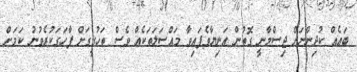
ބައެއްް ކުދިންނަށް ޖިސްމާނީ ގޮތުން އަނިޔާވެފައިވާ މައްސަލަތަކެއް ވެސް ތަހުގީގަށް ފާހަގަކުރެވުނު ކަމަށް